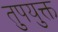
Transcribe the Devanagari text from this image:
तुपयुक्त